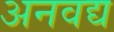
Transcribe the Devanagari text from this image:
अनवद्य